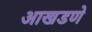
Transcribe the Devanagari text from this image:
आखडणे